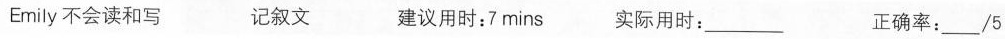
Emily 不会读和写 记叙文 建议用时:7mins 实际用时:___ 正确率:___/5